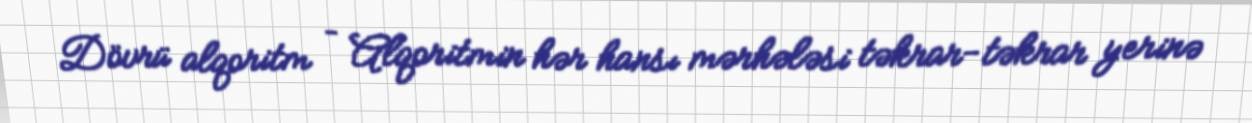
Dövrü alqoritm – Alqoritmin hər hansı mərhələsi təkrar-təkrar yerinə